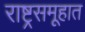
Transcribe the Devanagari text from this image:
राष्ट्रसमूहात